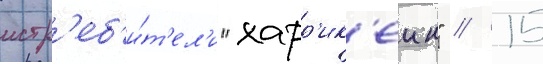
истр'еб'и́т'ел'и "харр'ик'еин" // 15